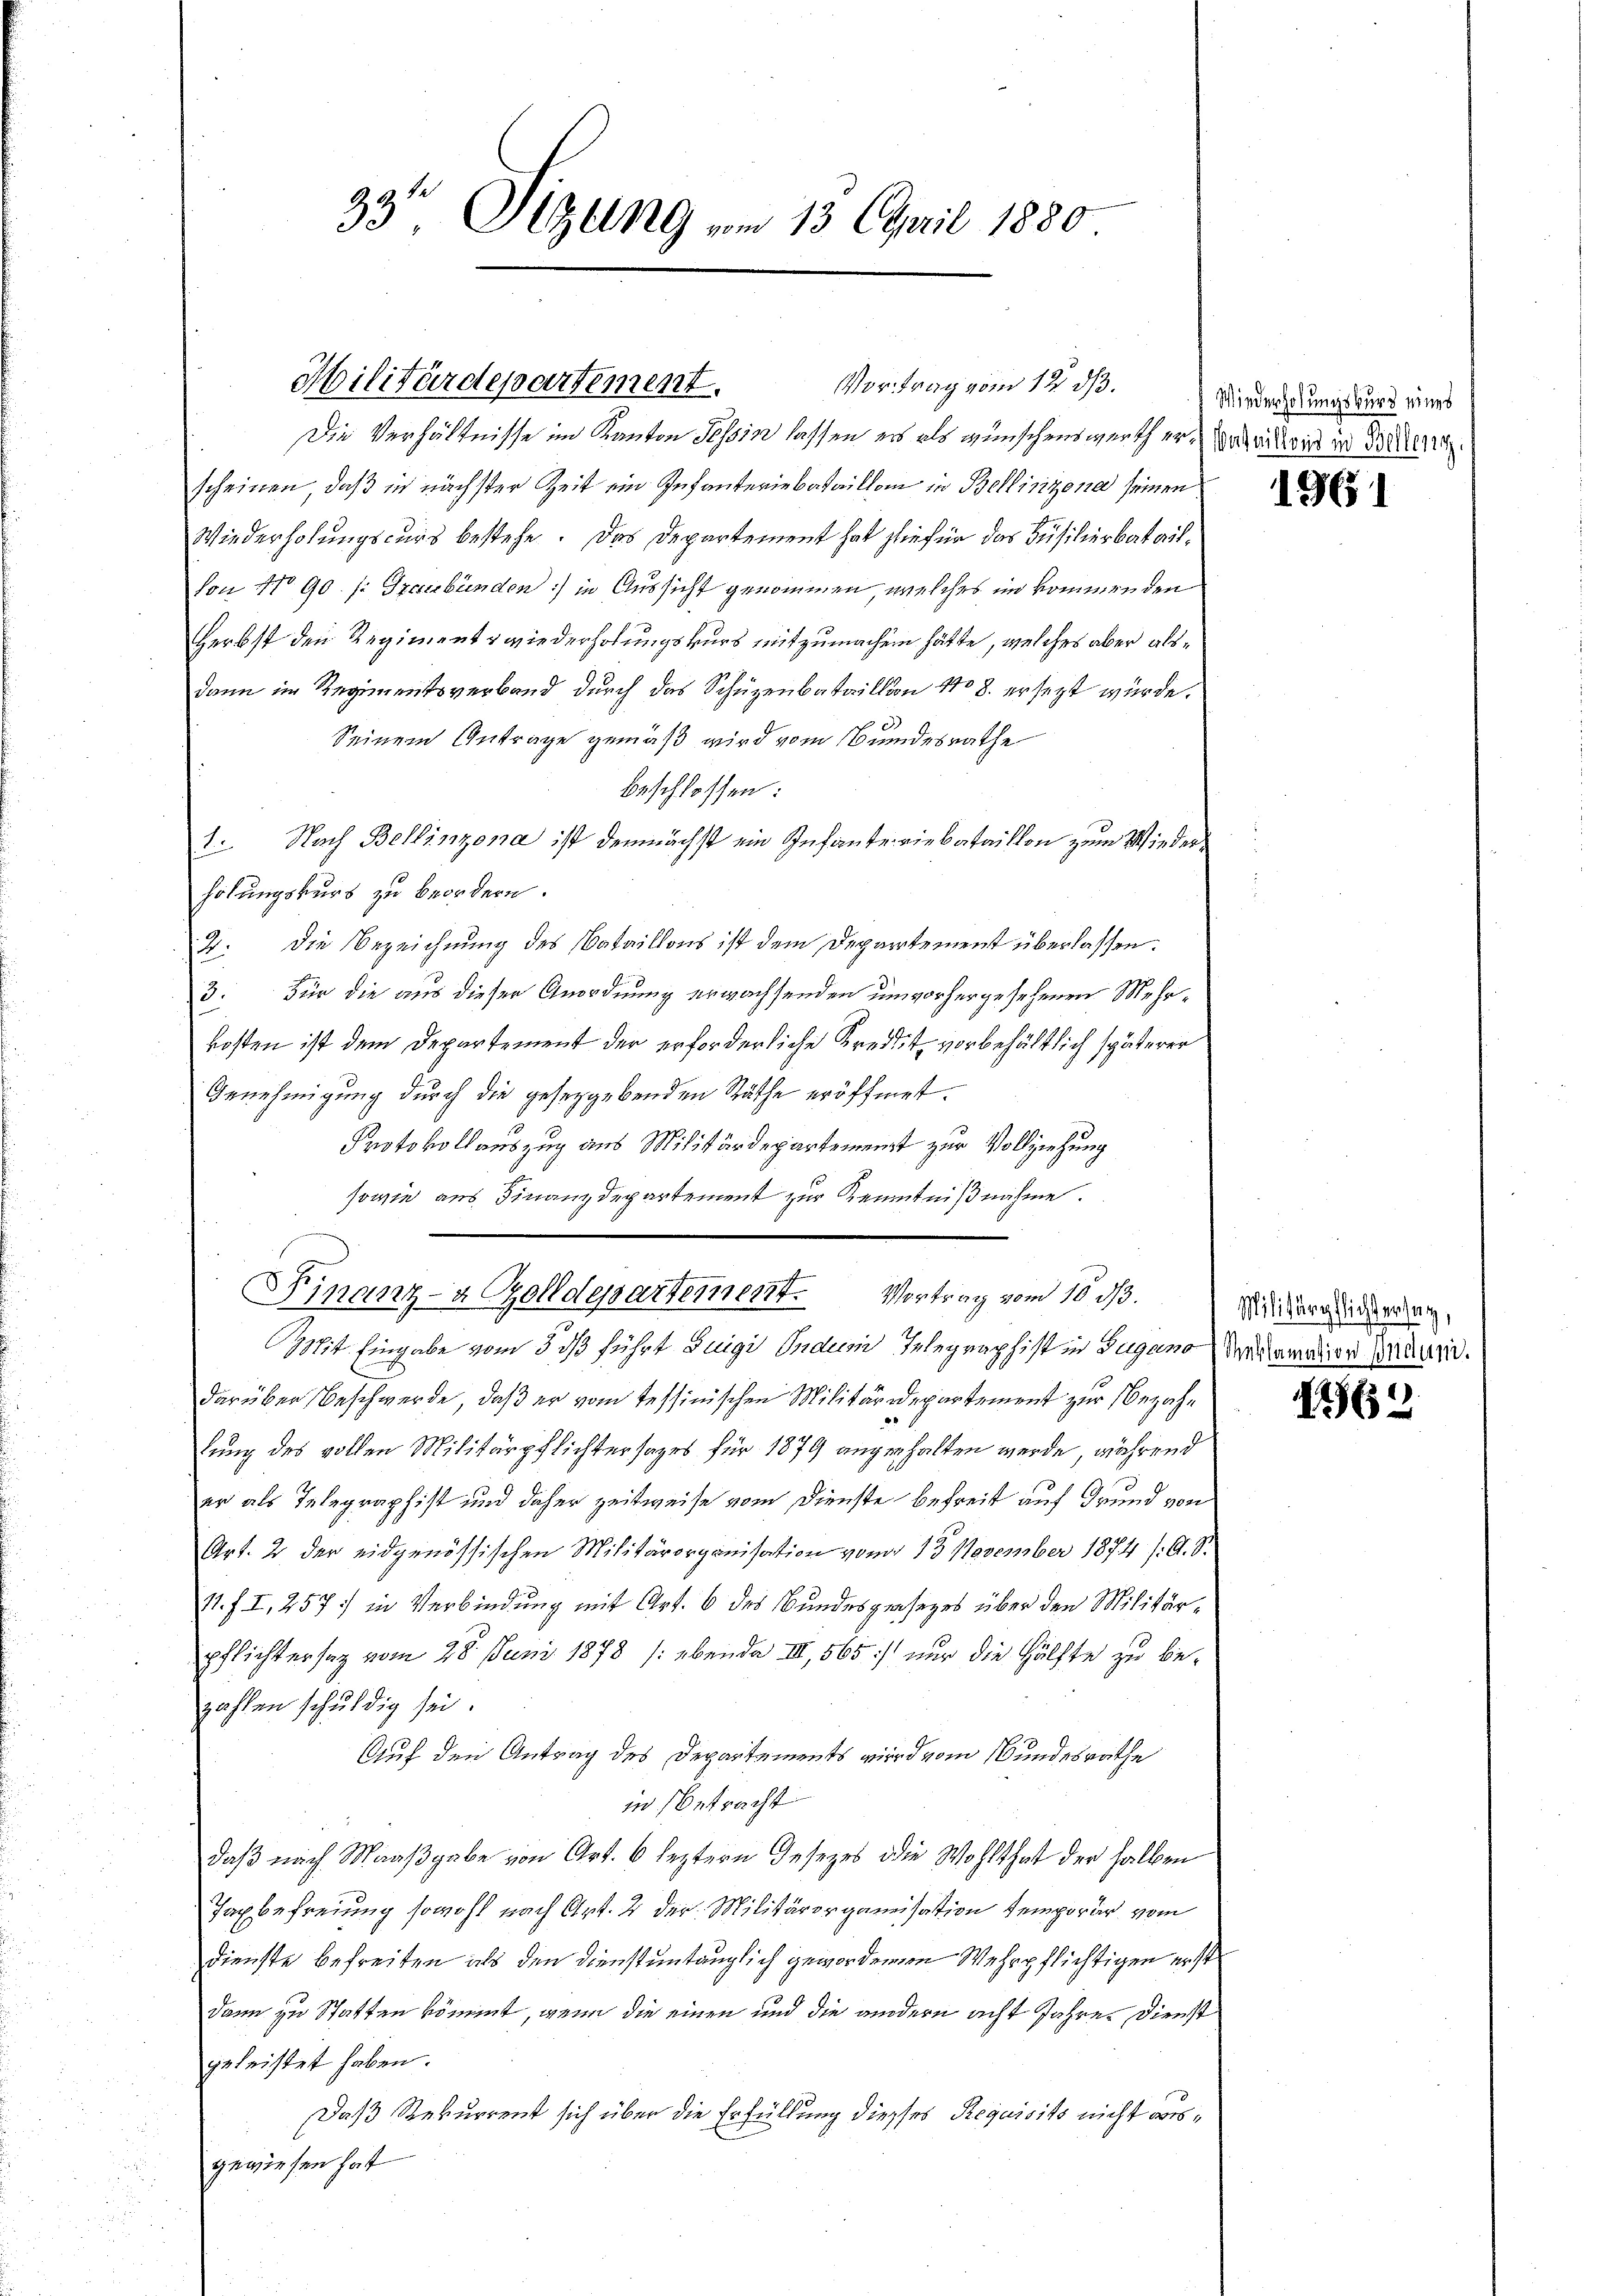
Militärdepartement.

33' Sizung vom 13. April 1880

Die Verhältnisse im Kanton Tessin lassen es als wünschenswerth er matent in der
scheinen, daß in nächster Zeit ein Infanteriebataillem in Bellinzona seinen
Wiederholungscurs bestehe. Das Departement hat hiefür das Füsilierbatail¬
Von No 90. /: Graubünden) in Aussicht genommen, welches im kommenden
Herbst den Regiment, wiederholungskurs mitzumachen hätte, welches aber alsdann im Regimentsverband durch das Schüzenbataillon No 8. ersezt würde.
Seinem Antrage gemäß wird vom Bundesrathe
beschlossen:
1. Nach Bellinzona ist demnächst ein Infanteriebataillon zum Wiederholungskurs zu beordern.
7. Die Bezeichnung des Bataillons ist dem Departement überlassen.
3. Für die aus dieser Anordnung erwachsenden um vorhergesehenen Mehrkosten ist dem Departement der erforderliche Kredit vorbehältlich späterer
Genehmigung durch die gesetzgebenden Räthe eröffnet.
Protokollauszug aus Militärdepartement zur Vollziehung
sowie aus Finanzdepartement zur Kenntnißnahme.
Mit Eingabe vom 5. ds führt Luigi Indum Telegraphist in Zugano Neurator Marie.
darüber Beschwerde, daß er vom Tessinischen Militärdepartement zur Bezahlung des vollen Militärpflichtersages für 1879 angehalten werde, während
er als Telegraphist und daher zeitweise vom Dienste befreit auf Grund von
Art. 2 der eidgenössischen Militärorganisation vom 15. November 1874 /: A. S.
11. f. I, 257 in Verbindung mit Art. 6 des Bundesgesezes über den Militärpflichtersez vom 28. Juni 1878 (ebende III, 565. nur die Hälfte zu bezahlen schuldig sei.
Auf den Antrag des Departements wird vom Bundesrathe
in Betracht
daß nach Maaßgabe von Art. 6 leztern Gesezes die Wohlthat der halben
Taxbefreiung sowohl nach Art. 2 der Militärorganisation temporär vom
dienste befreiten als den Dienstuntauglich gewordenen Wehrpflichtigen erst
dann zu Statten kömmt, wenn die einen und die andern acht Jahre. Dienst
geleistet haben.
Daß Rekurrent sich über die Erfüllung diesses Requisito nicht ausgewiesen hat

Vortrag vom 12. ds.

Finanz- & Zolldepartement. Vortrag vom 10. ds. Miturgiren,

Wiederholungsburg eines

1961

1562.